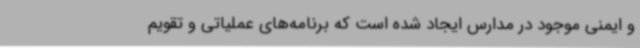
و ایمنی موجود در مدارس ایجاد شده است که برنامه‌های عملیاتی و تقویم